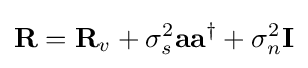
\mathbf {R} =\mathbf {R} _{v}+\sigma _{s}^{2}\mathbf {a} \mathbf {a} ^{\dagger }+\sigma _{n}^{2}\mathbf {I}